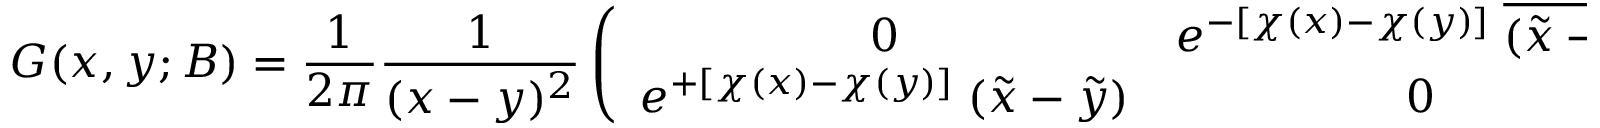
G ( x , y ; B ) = \frac { 1 } { 2 \pi } \frac { 1 } { ( x - y ) ^ { 2 } } \left( \begin{array} { c c } { { 0 } } & { { e ^ { - [ \chi ( x ) - \chi ( y ) ] } \; \overline { { { ( \tilde { x } - \tilde { y } ) } } } } } \\ { { e ^ { + [ \chi ( x ) - \chi ( y ) ] } \; ( \tilde { x } - \tilde { y } ) } } & { { 0 } } \end{array} \right) \; .